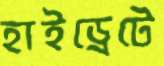
হাইড্রেটে